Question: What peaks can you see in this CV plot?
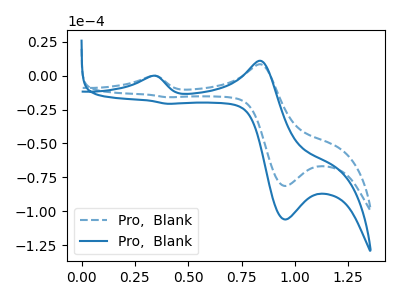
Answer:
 <answer>The blue dashed curve "Pro,  Blank1" has anodic peaks at (0.35V, -0.10uA) (0.85V, 8.45uA) and cathodic peaks at (0.95V, -81.40uA) (0.40V, -15.90uA). The blue curve "Pro,  Blank2" has anodic peaks at (0.35V, -0.15uA) (0.85V, 11.00uA) and cathodic peaks at (0.95V, -106.15uA) (0.40V, -20.75uA).</answer>
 <eval></eval>